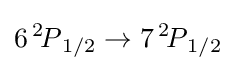
6\,^{2}{\!P}_{1/2}\to 7\,^{2}{\!P}_{1/2}